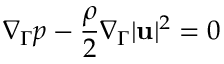
\nabla _ { \Gamma } p - \frac \rho 2 \nabla _ { \Gamma } | \mathbf u | ^ { 2 } = 0